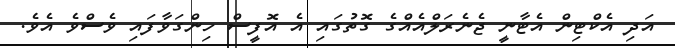
އަދި އެކްޓިން އެޓާނީ ޖެނެރަލްއެއްގެ ގޮތުގައި އެ އޮފީސް ހިންގަވާފައި ވެސްވެ އެވެ.